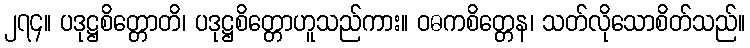
၂၇၄။ ပဒုဋ္ဌစိတ္တောတိ၊ ပဒုဋ္ဌစိတ္တောဟူသည်ကား။ ဝဓကစိတ္တေန၊ သတ်လိုသောစိတ်သည်။